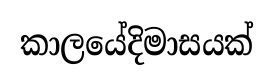
කාලයේදිමාසයක්